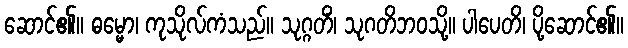
ဆောင်၏။ ဓမ္မော၊ ကုသိုလ်ကံသည်။ သုဂ္ဂတိံ၊ သုဂတိဘဝသို့။ ပါပေတိ၊ ပို့ဆောင်၏။